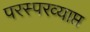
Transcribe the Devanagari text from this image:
परस्परव्याप्त